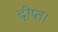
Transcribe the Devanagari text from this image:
दीप्त।